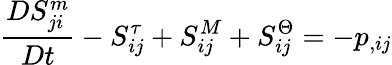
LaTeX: \frac{DS_{ji}^{m}}{Dt}-S_{ij}^{\tau}+S_{ij}^{M}+S_{ij}^{\Theta}=-p_{,ij}